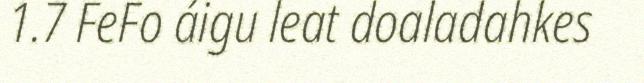
1.7 FeFo áigu leat doaladahkes